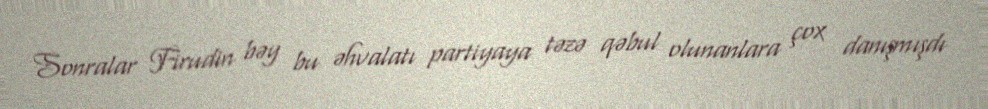
Sonralar Firudin bəy bu əhvalatı partiyaya təzə qəbul olunanlara çox danışmışdı